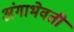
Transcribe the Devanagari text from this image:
अंगाभेवती